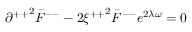
{ \partial ^ { + + } } ^ { 2 } { \bar { F } } ^ { -- } - 2 { \xi ^ { + + } } ^ { 2 } { \bar { F } } ^ { -- } e ^ { 2 \lambda \omega } = 0 \,